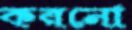
করনো